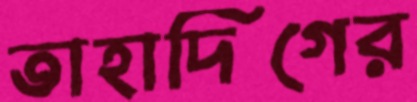
তাহাদিগের